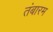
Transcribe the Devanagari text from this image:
तंबारम